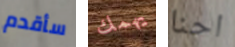
سأقدم يهمك احنا